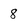
Character: 8